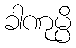
ခါဏုမ္ပိ